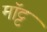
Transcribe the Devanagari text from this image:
मॉट्ट